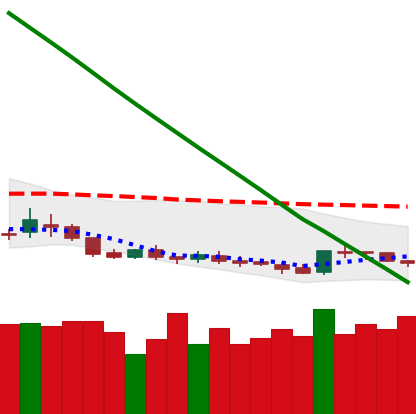
Ticker: DOGE-USD
Chart end date: 2019-02-12
Forward return: 5.174%
Label: up_5_7